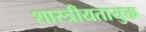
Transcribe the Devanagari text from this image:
शास्त्रीयतायुक्त